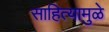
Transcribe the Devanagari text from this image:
साहित्यामुळे